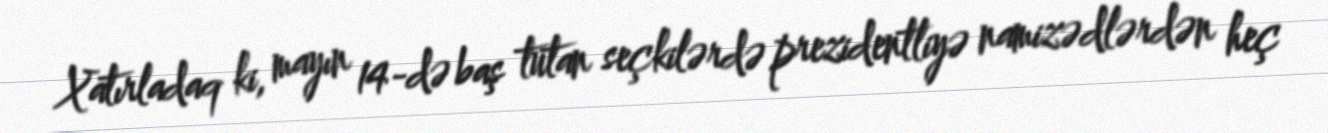
Xatırladaq ki, mayın 14-də baş tutan seçkilərdə prezidentliyə namizədlərdən heç